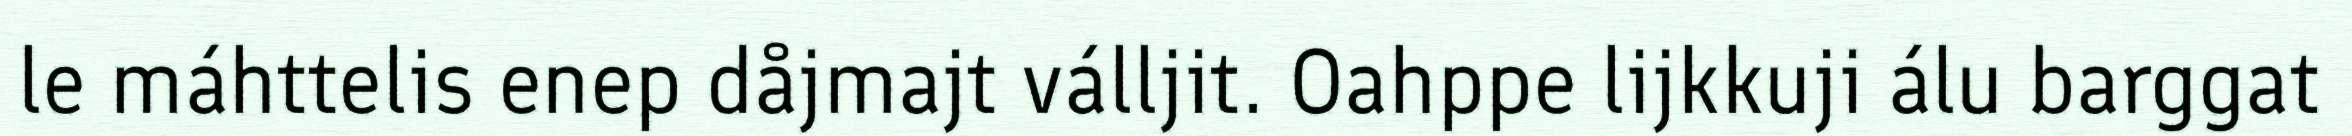
le máhttelis enep dåjmajt válljit. Oahppe lijkkuji álu barggat